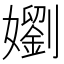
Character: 嬼